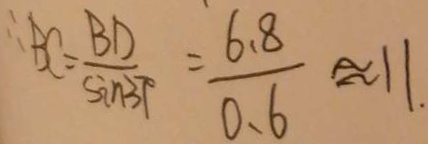
\therefore B C = \frac { B D } { \sin 3 p } = \frac { 6 . 8 } { 0 . 6 } \approx 1 1